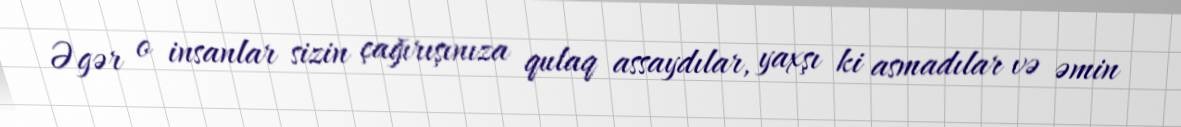
Əgər o insanlar sizin çağırışınıza qulaq assaydılar, yaxşı ki asmadılar və əmin